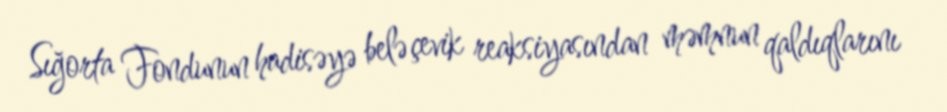
Sığorta Fondunun hadisəyə belə çevik reaksiyasından məmnun qaldıqlarını